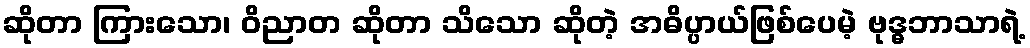
ဆိုတာ ကြားသော၊ ဝိညာတ ဆိုတာ သိသော ဆိုတဲ့ အဓိပ္ပာယ်ဖြစ်ပေမဲ့ ဗုဒ္ဓဘာသာရဲ့